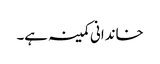
خاندانی کمینہ ہے۔